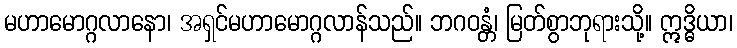
မဟာမောဂ္ဂလာနော၊ အရှင်မဟာမောဂ္ဂလာန်သည်။ ဘဂဝန္တံ၊ မြတ်စွာဘုရားသို့။ ဣဒ္ဓိယာ၊